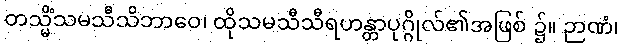
တသ္မိံသမသီသိဘာဝေ၊ ထိုသမသီသီရဟန္တာပုဂ္ဂိုလ်၏အဖြစ် ၌။ ဉာဏံ၊